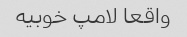
واقعا لامپ خوبیه